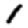
Digit: 1